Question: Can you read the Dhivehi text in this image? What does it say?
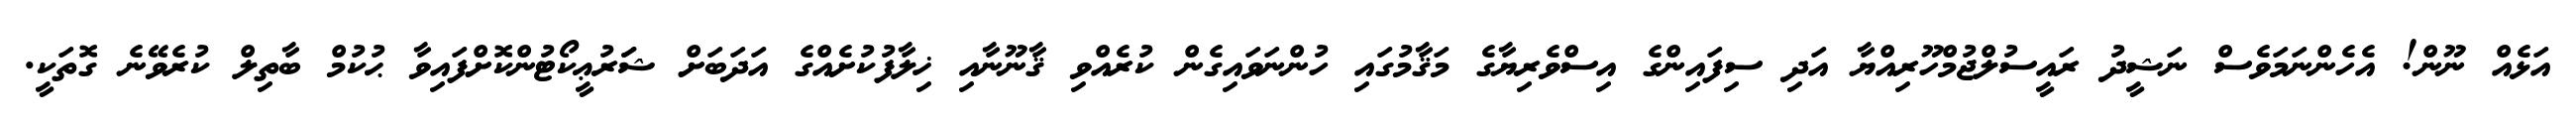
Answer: އަޅެއް ނޫން! އެހެންނަމަވެސް ނަޝީދު ރައީސުލްޖުމްހޫރިއްޔާ އަދި ސިފައިންގެ އިސްވެރިޔާގެ މަޤާމުގައި ހުންނަވައިގެން ކުރެއްވި ޤާނޫނާއި ޚިލާފުކުށެއްގެ އަދަބަށް ޝަަރުޢީކޯޓުންކޮށްފައިވާ ޙުކުމް ބާތިލް ކުރެވޭނެ ގޮތަކީ.